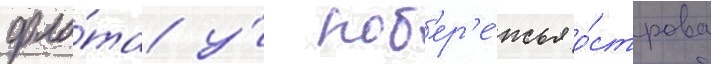
фло́та у́ поб'ер'е́жья о́строва